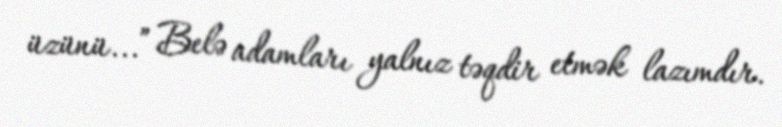
üzünü...” Belə adamları yalnız təqdir etmək lazımdır.